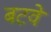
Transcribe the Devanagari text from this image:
बटवे